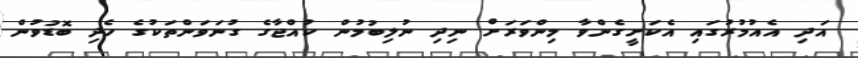
އަދި އެއުމުރުގައި އެކަށީގެންވާ މިންވަރަށް ނިދި ނުލިބުމުން ކުއްޖާގެ ގުނަވަންތަކުގެ ހެދި ބޮޑުވުން